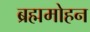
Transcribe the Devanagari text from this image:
ब्रह्ममोहन